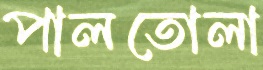
পালতোলা